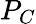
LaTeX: P_{C}